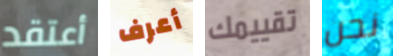
أعتقد أعرف تقييمك نحن